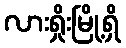
လားရှိုးမြို့ရှိ